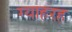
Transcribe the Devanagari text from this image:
ग्याहरह